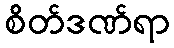
စိတ်ဒဏ်ရာ